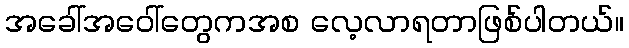
အခေါ်အဝေါ်တွေကအစ လေ့လာရတာဖြစ်ပါတယ်။